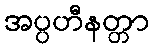
အပ္ပဟီနတ္တာ